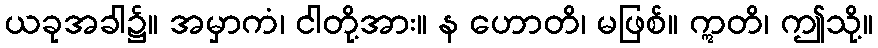
ယခုအခါ၌။ အမှာကံ၊ ငါတို့အား။ န ဟောတိ၊ မဖြစ်။ ဣတိ၊ ဤသို့။